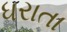
ધરાતા